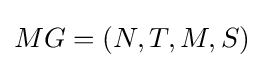
MG=(N,T,M,S)